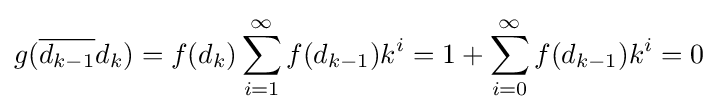
g({\overline {d_{k-1}}}d_{k})=f(d_{k})\sum _{i=1}^{\infty }f(d_{k-1})k^{i}=1+\sum _{i=0}^{\infty }f(d_{k-1})k^{i}=0